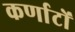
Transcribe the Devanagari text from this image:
कर्णाटों